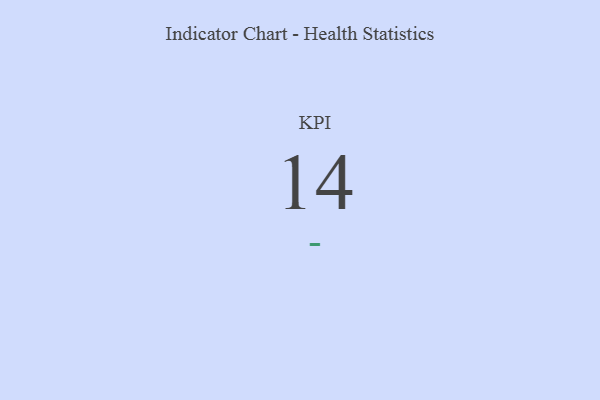
{"axis": {"x": "KPI", "y": "Value"}, "legend": [""], "data": [{"x": "KPI", "y": 14, "type": ""}]}